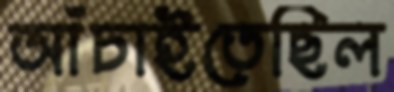
আঁচাইতেছিল